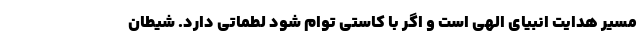
مسیر هدایت انبیای الهی است و اگر با کاستی توام شود لطماتی دارد. شیطان